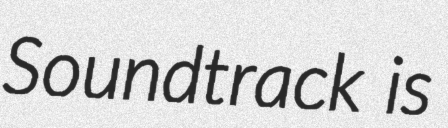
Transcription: Soundtrack is